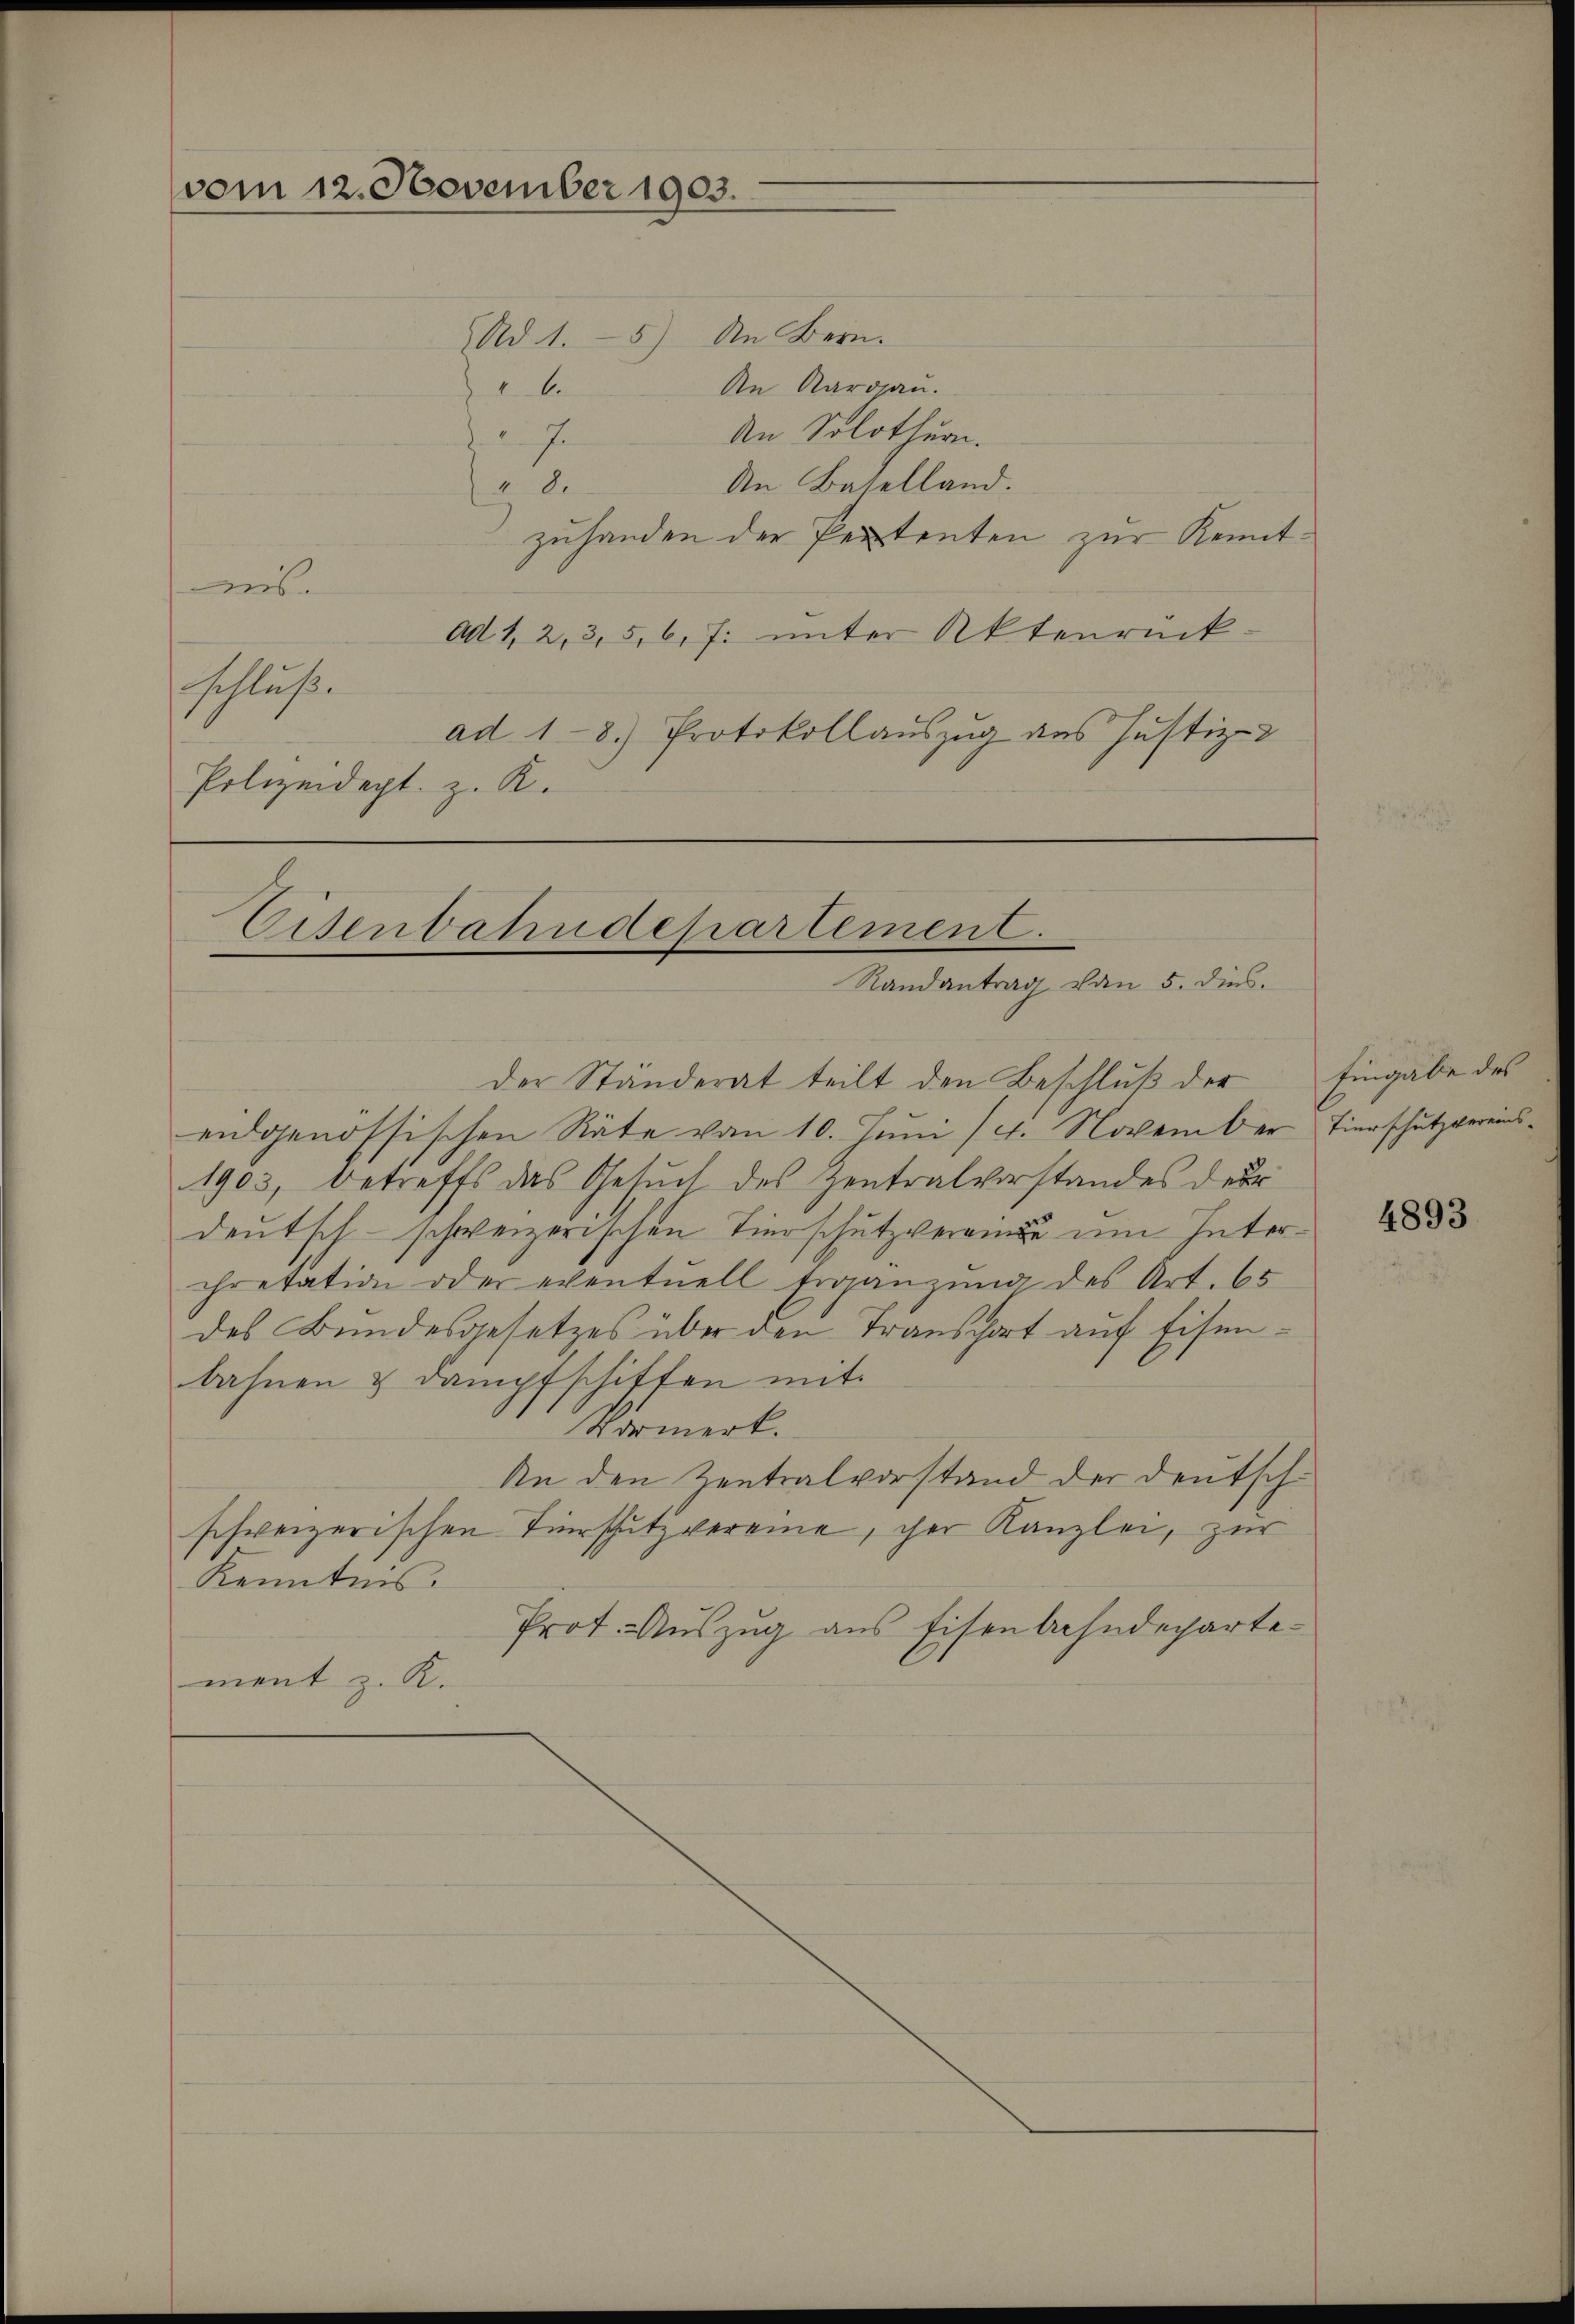
vom 12. November 1903.
Ad 1.- 5) An Bern.

 J
5

An Aargau.
An Solothurn.
An Baselland.
zuhanden der Pententen zur Kenntaus.
ad. 12,3,5, 6, 7. unter Aktenrückschluß.
ad 1-8.) Protokollauszug aus Justiz-
Polizeidept. z. K.

Eisenbahndepartement.
Randantrag von 5. dies

der Ständerat teilt den Beschluß der Eingabe des
eidgenössischen Räte vom 10. Juni (4. November Tierschutzvereins¬
1903, betreffs das Gesŭch des Zentralvorstandes der
deutsch-schweizerischen Tierschutzvereinde um Intercretation oder eventuell Ergänzŭng des Art. 65
des Bundesgesetzes über den Transport auf Eisenbahnen & dampfschiffen mit
Vormerk.
An den Zentralvorstand der Deutschschweizerischen Tierschutz vereine, cher Kanzlei, zur
Kenntnis.
Prot. Auszug aus Eisenbahndepartement z. R.

4893